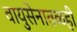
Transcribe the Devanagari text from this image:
वायुसेनातळही